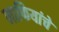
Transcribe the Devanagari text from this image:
माफियांचे